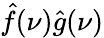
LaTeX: {\hat{f}}(\nu){\hat{g}}(\nu)